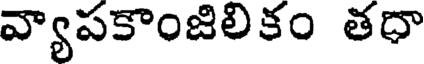
వ్యాపకాంజిలికం తదా